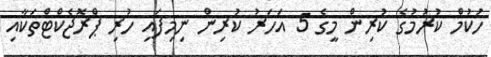
ހުކުމް ކުރުމުގެ ކުރިން މީގެ 5 އަހަރު ކުރިން ނިމިފައި ހުރި ޕްރޮޖެކްޓްތަކާއި